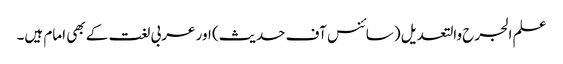
علم الجرح والتعدیل (سائنس آف حدیث) اور عربی لغت کے بھی امام ہیں۔